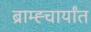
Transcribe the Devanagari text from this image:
ब्राम्ह्चार्यांत